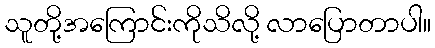
သူတို့အကြောင်းကိုသိလို့ လာပြောတာပါ။